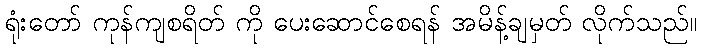
ရုံးတော် ကုန်ကျစရိတ် ကို ပေးဆောင်စေရန် အမိန့်ချမှတ် လိုက်သည်။